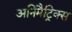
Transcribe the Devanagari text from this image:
अनिमैट्रिक्स